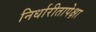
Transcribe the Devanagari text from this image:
निर्धारीतापेक्षा